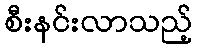
စီးနင်းလာသည့်